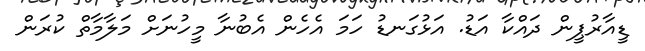
ޑީއާރުޕީން ދައްކާ އަޑު. އަޅުގަނޑު ހަމަ އެހެން އެބުނާ މީހުނަށް މަލާމާތް ކުރަން